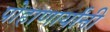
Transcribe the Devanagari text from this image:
पोहाणार्यांनी